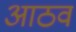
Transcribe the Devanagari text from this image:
आठवं